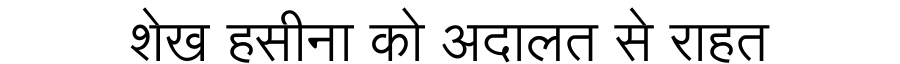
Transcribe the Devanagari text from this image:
शेख हसीना को अदालत से राहत